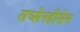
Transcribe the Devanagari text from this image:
सच्सेनहौसेन